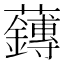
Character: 𫊙